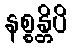
နစ္စန္တိပိ